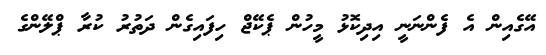
އޭގެއިން އެ ފެންނަނީ އިދިކޮޅު މީހުން ޕެކޭޖް ހިފައިގެން ދަތުރު ކުރާ ޕްލޭންގެ